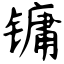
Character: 镛